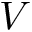
V